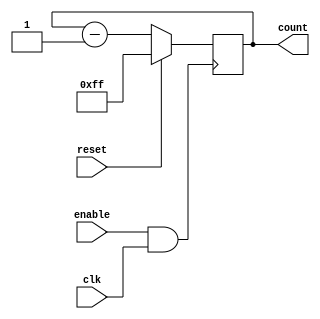
`timescale 1ps/1ps

module negative_counter #(parameter WIDTH = 8)
(   input wire clk
,   input wire reset
,   input wire enable

,   output wire [WIDTH-1:0] count
);

//--- REGISTERS
reg [WIDTH-1:0] state;

//--- WIRES
wire e_clk;

//--- MAIN CODE

assign count = state;
assign e_clk = enable & clk;

always @(posedge e_clk) begin
    if (reset) begin
        state = {WIDTH{1'b1}};
    end
    else begin
        state = state - 1;
    end
end

endmodule